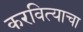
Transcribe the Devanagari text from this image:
करवित्याचा